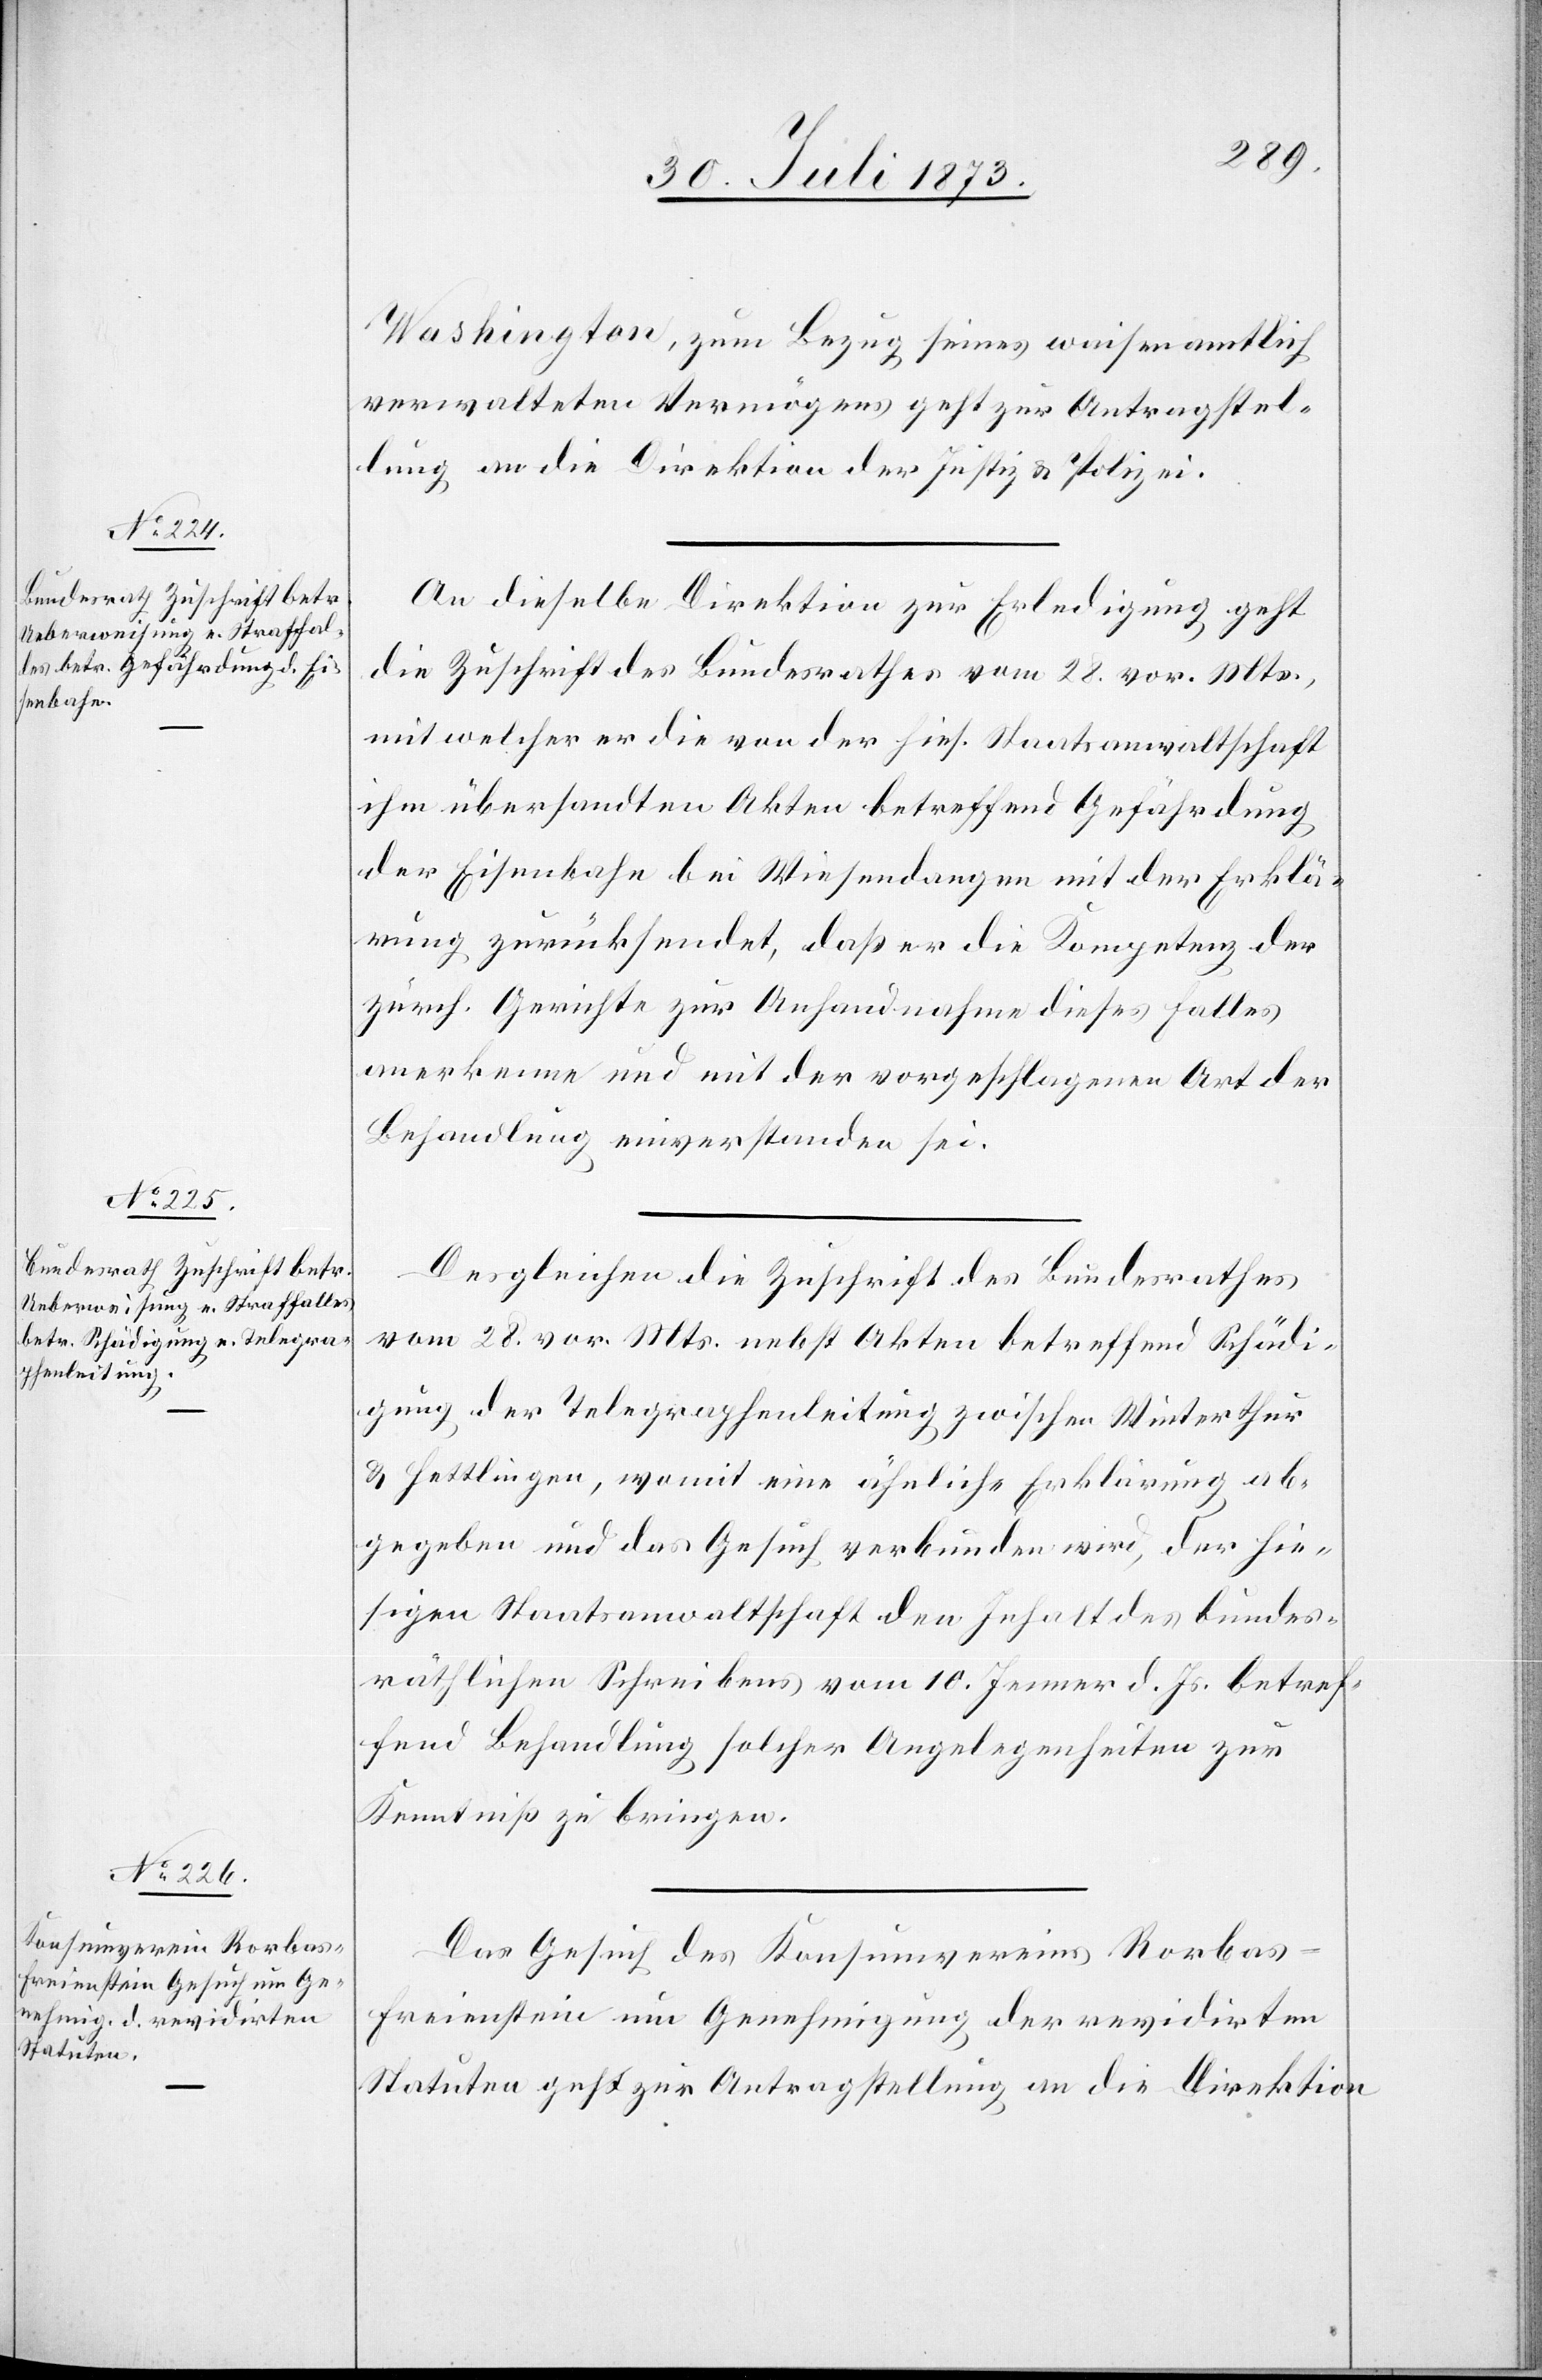
Washington, zum Bezug seines waisenamtlich
verwalteten Vermögens geht zur Antragstel¬
lung an die Direktion der Justiz & Polizei.
An dieselbe Direktion zur Erledigung geht
die Zuschrift des Bundesrathes vom 28. vor. Mts.,
mit welcher er die von der hies. Staatsanwaltschaft
ihm übersandten Akten betreffend Gefährdung
der Eisenbahn bei Wiesendangen mit der Erklä¬
rung zurücksendet, daß er die Kompetenz der
zürch. Gerichte zur Anhandnahme dieses Falles
anerkenne und mit der vorgeschlagenen Art der
Behandlung einverstanden sei.
Desgleichen die Zuschrift des Bundesrathes
vom 28. vor. Mts. nebst Akten betreffend Schädi¬
gung der Telegraphenleitung zwischen Winterthur
& Hettlingen, womit eine ähnliche Erklärung ab¬
gegeben und das Gesuch verbunden wird, der hie¬
sigen Staatsanwaltschaft den Inhalt des bundes¬
räthlichen Schreibens vom 10. Jenner d. Js. betref¬
fend Behandlung solcher Angelegenheiten zur
Kenntniß zu bringen.
Das Gesuch des Konsumvereins Rorbas-F¬
reienstein um Genehmigung der revidirten
Statuten geht zur Antragstellung an die Direktion